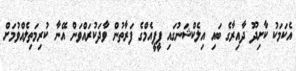
އެކަމަކު ކާށިދޫ ދާއިރާގެ ބައި އިލެކްޝަނުގައި ޕީޕީއެމްގެ ފަރާތުން ވާދަކުރައްވަން އޭނާ ކުރިމަތިލެއްވުމަށް